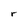
Character: r